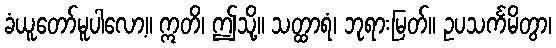
ခံယူတော်မူပါလော့။ ဣတိ၊ ဤသို့။ သတ္ထာရံ၊ ဘုရားမြတ်။ ဥပသင်္ကမိတွာ၊